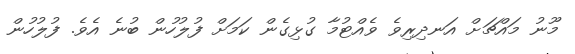
މޫނު މައްޗަށް އަނދިރިވެ ވެއްޓުމާ ގުޅިގެން ކަމަށް ފުލުހުން ބުނެ އެވެ. ފުލުހުން